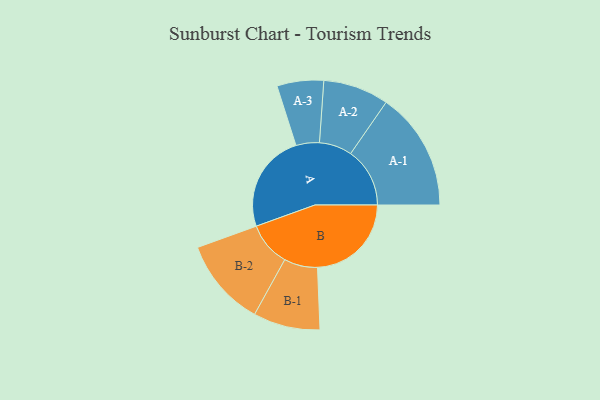
{"axis": {"x": "Segment", "y": "Value"}, "legend": ["", "A", "B"], "data": [{"x": "A", "y": 478, "type": ""}, {"x": "B", "y": 455, "type": ""}, {"x": "A-1", "y": 287, "type": "A"}, {"x": "A-2", "y": 159, "type": "A"}, {"x": "A-3", "y": 113, "type": "A"}, {"x": "B-1", "y": 162, "type": "B"}, {"x": "B-2", "y": 214, "type": "B"}]}